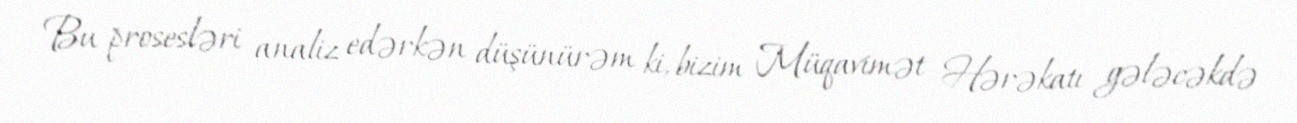
Bu prosesləri analiz edərkən düşünürəm ki, bizim Müqavimət Hərəkatı gələcəkdə